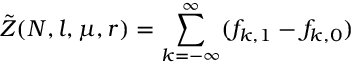
\tilde { Z } ( N , l , \mu , r ) = \sum _ { k = - \infty } ^ { \infty } ( f _ { k , 1 } - f _ { k , 0 } )